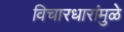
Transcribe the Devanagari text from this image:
विचारधारांमुळे